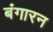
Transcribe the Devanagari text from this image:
बंगारन